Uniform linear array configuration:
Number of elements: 8
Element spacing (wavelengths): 0.75
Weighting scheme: exponential
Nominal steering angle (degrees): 0
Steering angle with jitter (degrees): -1.171
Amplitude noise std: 0.05
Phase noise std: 0.05

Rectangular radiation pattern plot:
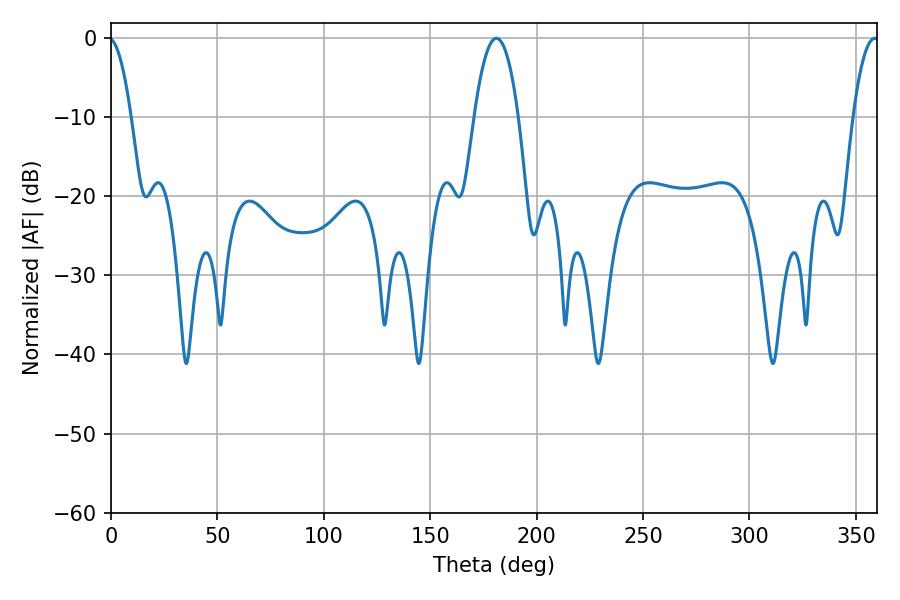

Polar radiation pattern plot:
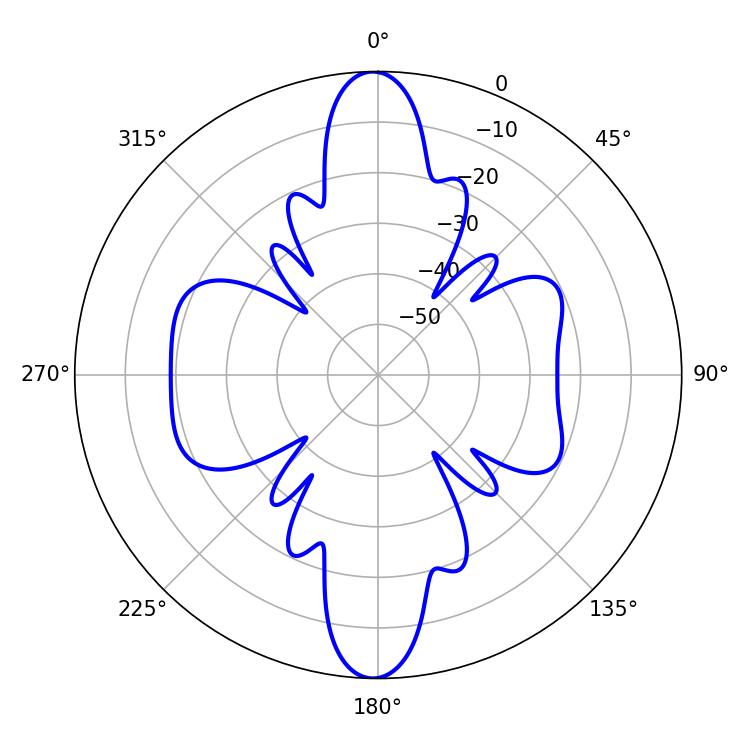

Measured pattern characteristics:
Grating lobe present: TRUE
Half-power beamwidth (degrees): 11.52
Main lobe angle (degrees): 181.08